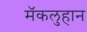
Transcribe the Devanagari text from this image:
मॅकलुहान